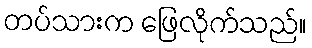
တပ်သားက ဖြေလိုက်သည်။